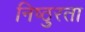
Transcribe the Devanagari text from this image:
निष्‍ठुरता